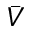
\bar { V }